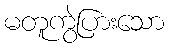
မတူကွဲပြားသော